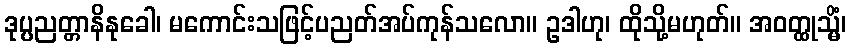
ဒုပ္ပညတ္တာနိနုခေါ၊ မကောင်းသဖြင့်ပညတ်အပ်ကုန်သလော။ ဥဒါဟု၊ ထိုသို့မဟုတ်။ အဝတ္ထုသ္မိံ၊